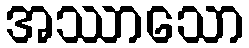
အဿာသော